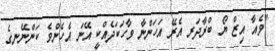
"ވެއާ އިޒް ޔޯ ބްރާދަރ އެރޭ އަހަންނާ ވާހަކަދެއްކީ އޭނަ އެހެންވެ ކަންނޭނގެ